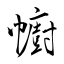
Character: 幮